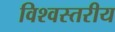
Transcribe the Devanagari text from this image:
विश्‍वस्तरीय